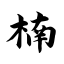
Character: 楠